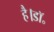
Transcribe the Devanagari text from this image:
है।डॉ॰